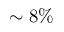
\sim 8 \%